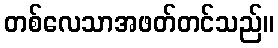
တစ်လေသာအဖတ်တင်သည်။